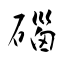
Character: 碯